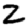
Digit: 2